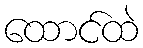
ထောင်ထဲ